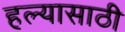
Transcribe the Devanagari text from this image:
हल्यासाठी